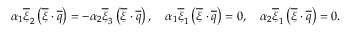
\begin{array} { r } { \alpha _ { 1 } \overline { { \xi } } _ { 2 } \left( \overline { { \xi } } \cdot \overline { { q } } \right) = - \alpha _ { 2 } \overline { { \xi } } _ { 3 } \left( \overline { { \xi } } \cdot \overline { { q } } \right) , \quad \alpha _ { 1 } \overline { { \xi } } _ { 1 } \left( \overline { { \xi } } \cdot \overline { { q } } \right) = 0 , \quad \alpha _ { 2 } \overline { { \xi } } _ { 1 } \left( \overline { { \xi } } \cdot \overline { { q } } \right) = 0 . } \end{array}